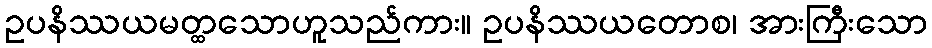
ဥပနိဿယမတ္ထသောဟူသည်ကား။ ဥပနိဿယတောစ၊ အားကြီးသော